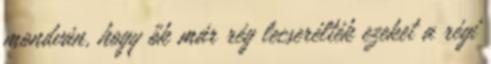
mondván, hogy ők már rég lecserélték ezeket a régi